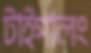
টাইপালং